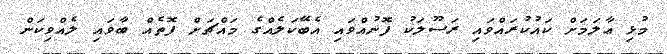
މުޅި ޢާލަމަށް ކައުކުރައްވައި ރަސޫލަކު ފޮނުއްވައި އެބޭކަލެއްގެ މައްޗަށް ފޮތެއް ބާވައި ލެއްވިކަން